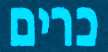
כרים